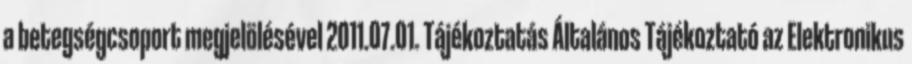
a betegségcsoport megjelölésével 2011.07.01. Tájékoztatás Általános Tájékoztató az Elektronikus